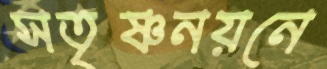
সতৃষ্ণনয়নে